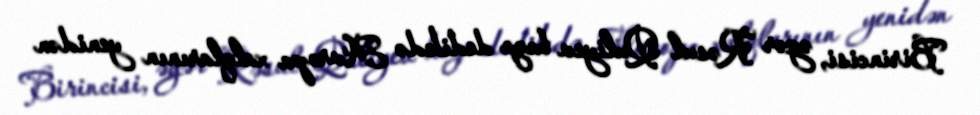
Birincisi, əgər Rəsul Quliyev baza dedikdə Avropa xalqlarının yenidən